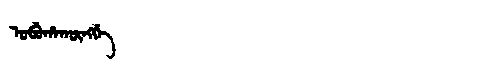
Manchu: ᠣᠪᡠᡥᠠᡴᡡᠩᡤᡝ
Romanization: OBUHAKŪNGGE